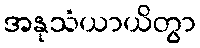
အနုသံယာယိတွာ